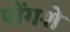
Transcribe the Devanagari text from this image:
पोंगशे